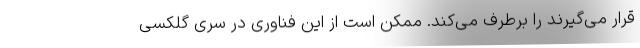
قرار می‌گیرند را برطرف می‌کند. ممکن است از این فناوری در سری گلکسی